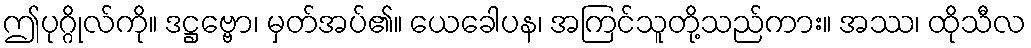
ဤပုဂ္ဂိုလ်ကို။ ဒဋ္ဌဗ္ဗော၊ မှတ်အပ်၏။ ယေခေါပန၊ အကြင်သူတို့သည်ကား။ အဿ၊ ထိုသီလ